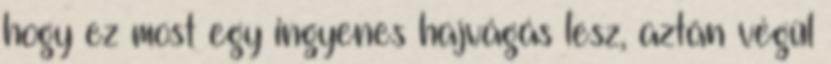
hogy ez most egy ingyenes hajvágás lesz, aztán végül